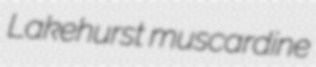
Lakehurst muscardine